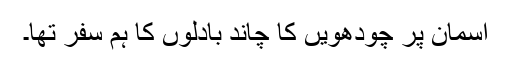
آسمان پر چودھویں کا چاند بادلوں کا ہم سفر تھا۔